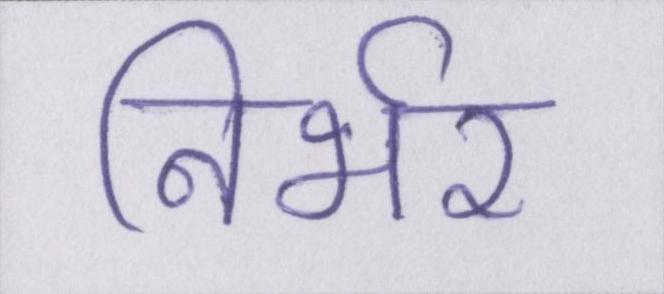
निर्भर